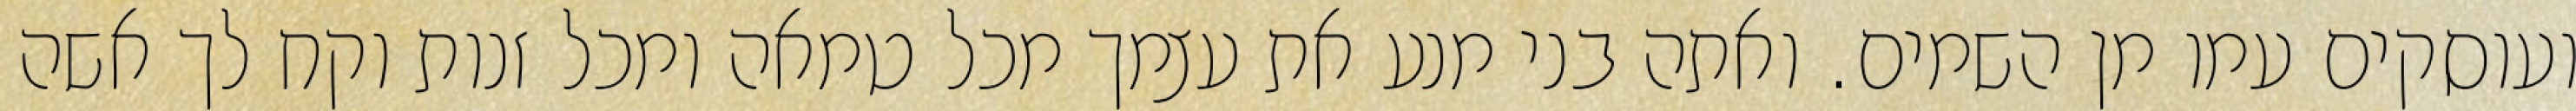
ועוסקים עמו מן השמים. ואתה בני מנע את עצמך מכל טמאה ומכל זנות וקח לך אשה